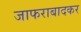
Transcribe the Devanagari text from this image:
जाफराबादकर